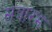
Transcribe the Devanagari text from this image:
सत्रांरभ